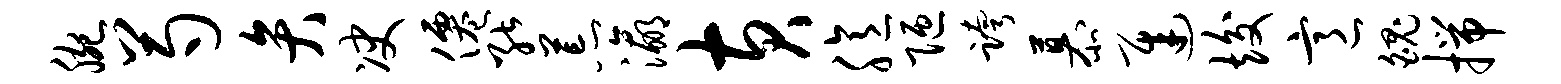
腕芍弁决仙能荒瀛黄臆陋跨慕迟竣意魄揣